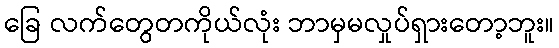
ခြေ လက်တွေတကိုယ်လုံး ဘာမှမလှုပ်ရှားတော့ဘူး။